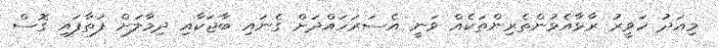
މިއަދު ހަވީރު ރާޅާއެޅުންތެރިންތަކެއް ވަނީ އެސަރަހައްދަށް ގެނައި ބާޖަކާއި ދިމާލަށް ފަތާފައި ގޮސް